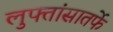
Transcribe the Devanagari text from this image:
लुफ्तांसातर्फे